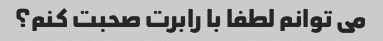
می توانم لطفا با رابرت صحبت کنم؟